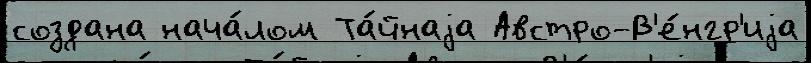
создана нача́лом Та́йнаjа Австро-В'е́нгр'иjа